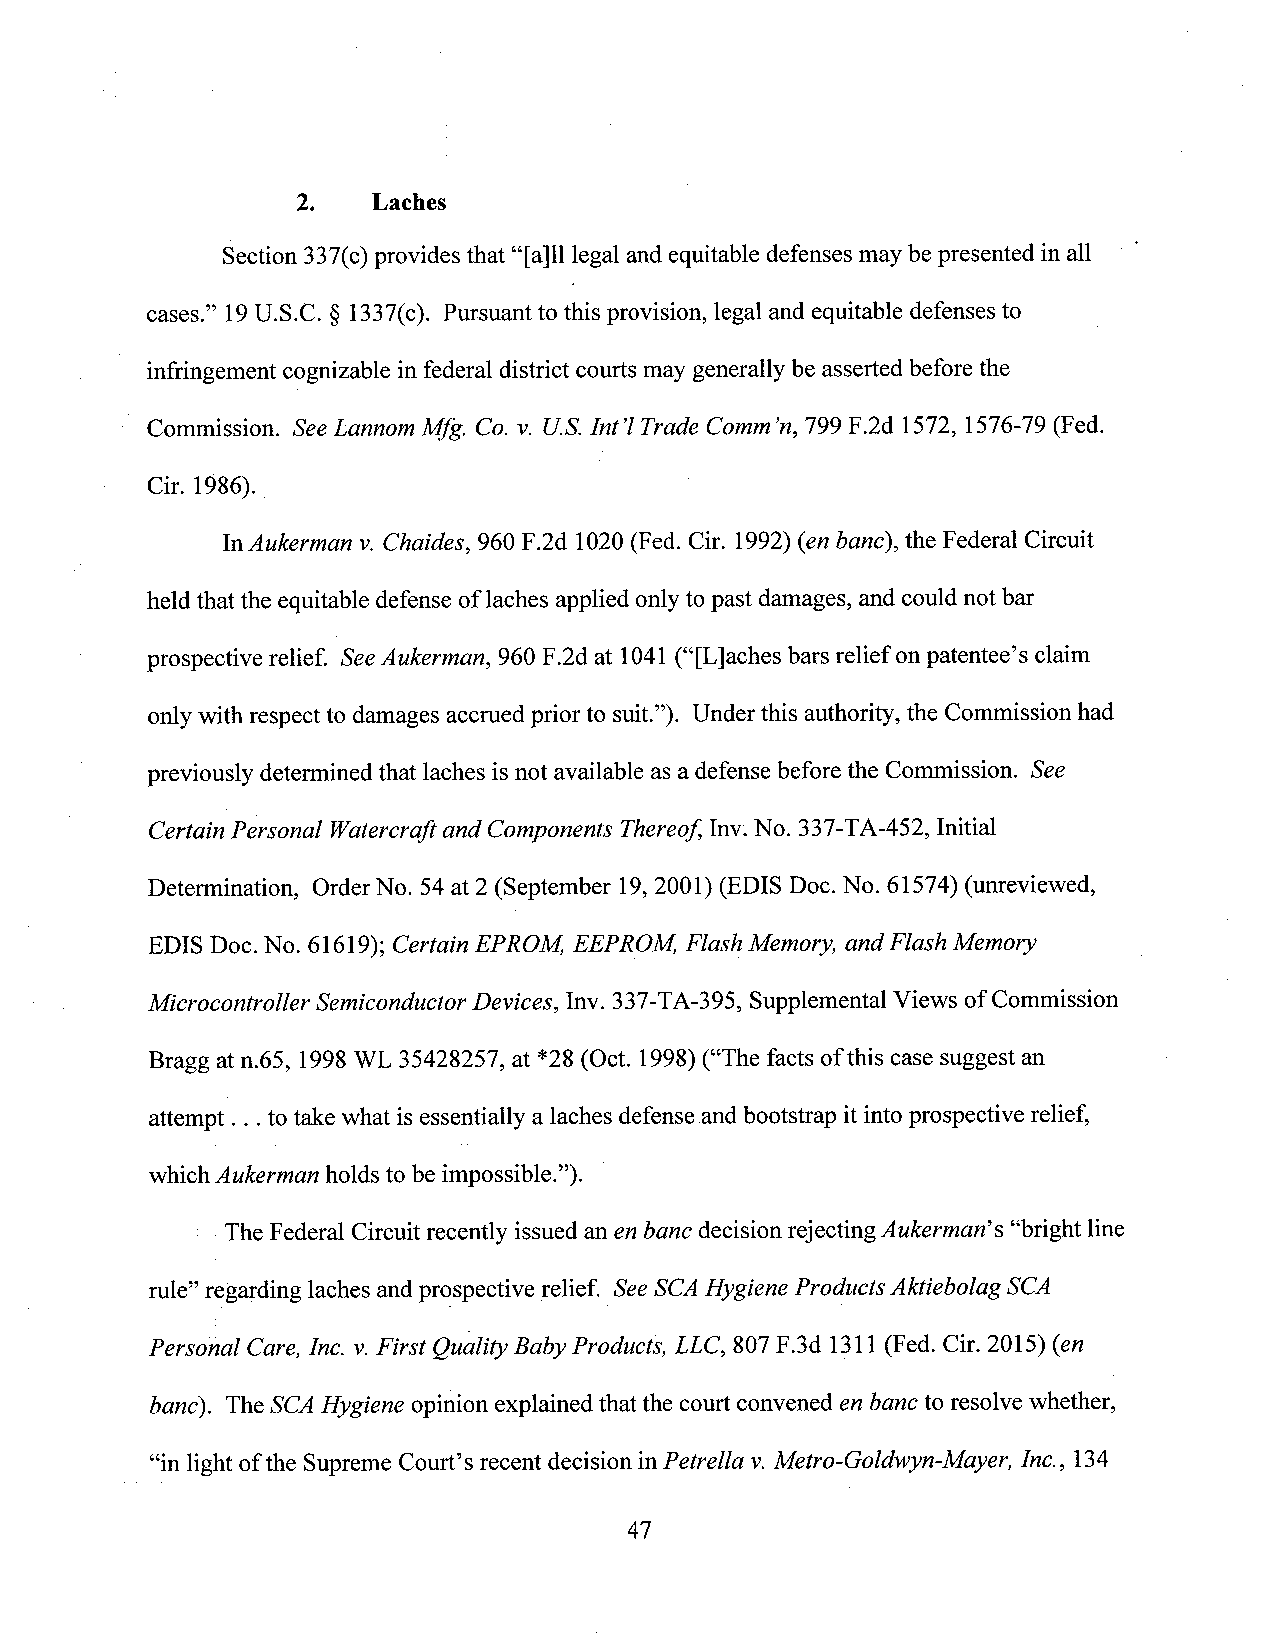
2.   Laches
 Section 337(c)provides that “[a]ll legal and equitable defenses may be presented in all
 cases.” 19U.S.C. § 1337(c). Pursuant to this provision, legal and equitable defenses to
 infringement cognizable in federal district courts may generally be asserted before the
 Commission. See Lanrtom Mfg. C0. v. US. Int ’lTrade Comm’n,799 F.2d 1572, 1576-79 (Fed.
 Cir. 1986).                         '
 InAukerman v.Chaides, 960 F.2d 1020(Fed. Cir. 1992)(en banc), the Federal Circuit
 held that the equitable defense of laches applied onlyto past damages, and could not bar
 prospective relief. SeeAukerman, 960 F.2d at 1041(“[L]aches bars relief on patentee’s claim
 onlywith respect to damages accrued prior to suit.”). Under this authority, the Commission had
 previously determined that laches is not available as a defense before the Commission. See
 Certain‘Personal Watercrafl and Components Thereoj",Inv.No. 337-TA-452, Initial
 Determination, OrderNo. 54at 2 (September 19,2001) (EDIS Doc. No. 61574) (unreviewed,
 EDIS Doc.No. 61619); Certain EPROM, EEPROM, Flash Memory,and Flash Memory
 Microcontroller SemiconductorDevices, Inv. 337-TA-395, SupplementalViews of Commission
 Bragg atn.65, 1998WL 35428257, at *28 (Oct. 1998) (“The facts of this case suggest an
 attempt . . .to take what is essentially a laches defense and bootstrap it into prospective relief,
 which Aukerman holds to be impossible”). P
 - The Federal Circuit recently issued an en bane decision rejecting Aukermarfs “bright line
 rule” regarding laches and prospective relief. SeeSCAHygiene Products Aktiebolag SCA
 Personal Care, Inc. v.First Quality Baby Products, LLC,807 F.3d 1311(Fed. Cir. 2015) (en
 banc). TheSCAHygiene opinion explained that the court convened en bane to resolve whether,
 “in light ofthe Supreme Court’s recent decision inPetrella v.Metro-Goldwyn-Mayer, Inc., 134
 47